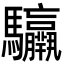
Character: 𩧣